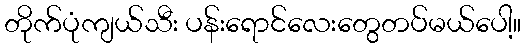
တိုက်ပုံကျယ်သီး ပန်းရောင်လေးတွေတပ်မယ်ပေါ့။